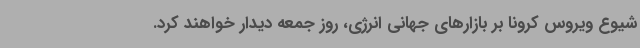
شیوع ویروس کرونا بر بازارهای جهانی انرژی، روز جمعه دیدار خواهند کرد.